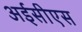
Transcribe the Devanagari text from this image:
अईसीएस